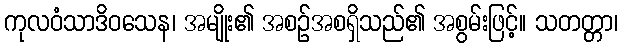
ကုလဝံသာဒိဝသေန၊ အမျိုး၏ အစဉ်အစရှိသည်၏ အစွမ်းဖြင့်။ သတတ္တာ၊